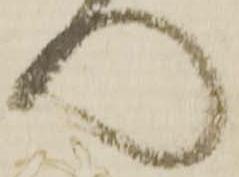
門